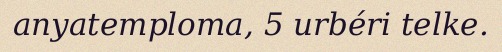
anyatemploma, 5 urbéri telke.